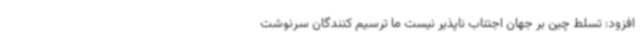
افزود: تسلط چین بر جهان اجتناب ناپذیر نیست ما ترسیم کنندگان سرنوشت